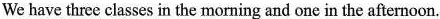
We have three classes in the morning and one in the afternoon.